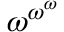
\omega ^ { \omega ^ { \omega } }